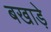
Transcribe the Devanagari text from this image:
बखाड़े